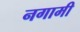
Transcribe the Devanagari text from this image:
नगामी